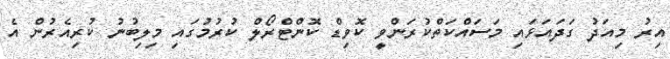
އިރު މިއަދު ގަދައަޅައި މަސައްކަތްކުރަންވީ ކޮވިޑް ކޮންޓްރޯލް ކުރުމުގައި މިލިބުނު ކުރިއެރުން އެ